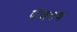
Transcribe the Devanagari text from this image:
पंचदष